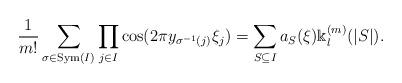
LaTeX: \begin{align*} \frac{1}{m!}\sum_{\sigma \in {\rm Sym}(I)}\prod_{j\in I} \cos(2\pi y_{\sigma^{-1}(j)} \xi_j) =\sum_{S\subseteq I} a_S(\xi)\Bbbk_{l}^{(m)}(|S|). \end{align*}